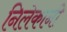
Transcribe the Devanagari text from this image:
निलेकानी